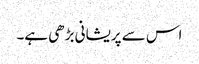
اس سے پریشانی بڑھی ہے۔